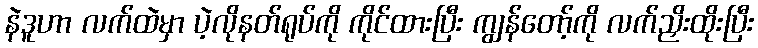
နဲဒူဟာ လက်ထဲမှာ ပဲ့လိုနတ်ရုပ်ကို ကိုင်ထားပြီး ကျွန်တော့်ကို လက်ညှိးထိုးပြီး